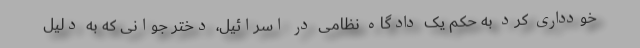
خودداری کرد به حکم یک دادگاه نظامی در اسرائیل، دختر جوانی که به دلیل